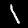
Label: 1